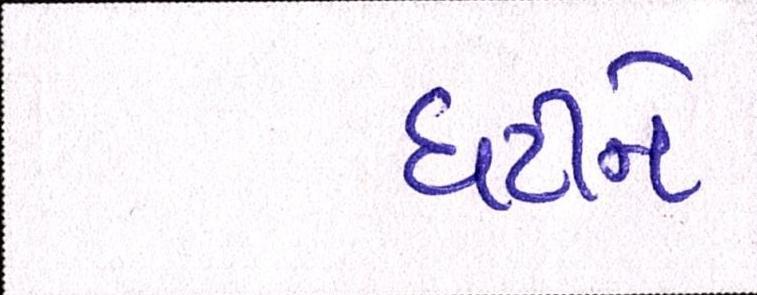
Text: ઘટીને